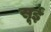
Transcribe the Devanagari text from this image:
सूईं